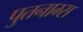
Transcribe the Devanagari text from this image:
पुतनाम्स